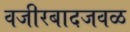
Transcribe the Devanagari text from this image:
वजीरबादजवळ